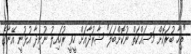
"ތިހާ ބުރަކޮށް މަސައްކަތް ނުކޮށްބަލަ" ޝާރުދާއަށް ހީވީ ރުހައިލު ނުނިދާ އުޅުނީ އޭނާގެ